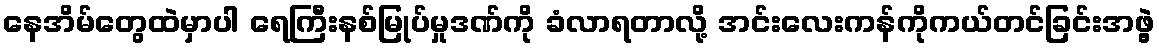
နေအိမ်တွေထဲမှာပါ ရေကြီးနစ်မြုပ်မှုဒဏ်ကို ခံလာရတာလို့ အင်းလေးကန်ကိုကယ်တင်ခြင်းအဖွဲ့